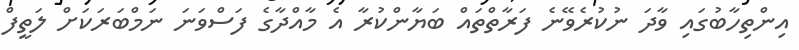
އިންތިހާބުގައި ވާދަ ނުކުރެވޭނެ ފަރާތްތައް ބަޔާންކުރާ އެ މާއްދާގެ ފަސްވަނަ ނަމްބަރަކަށް ލަތީފް